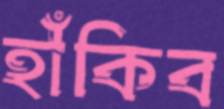
হাঁকিব